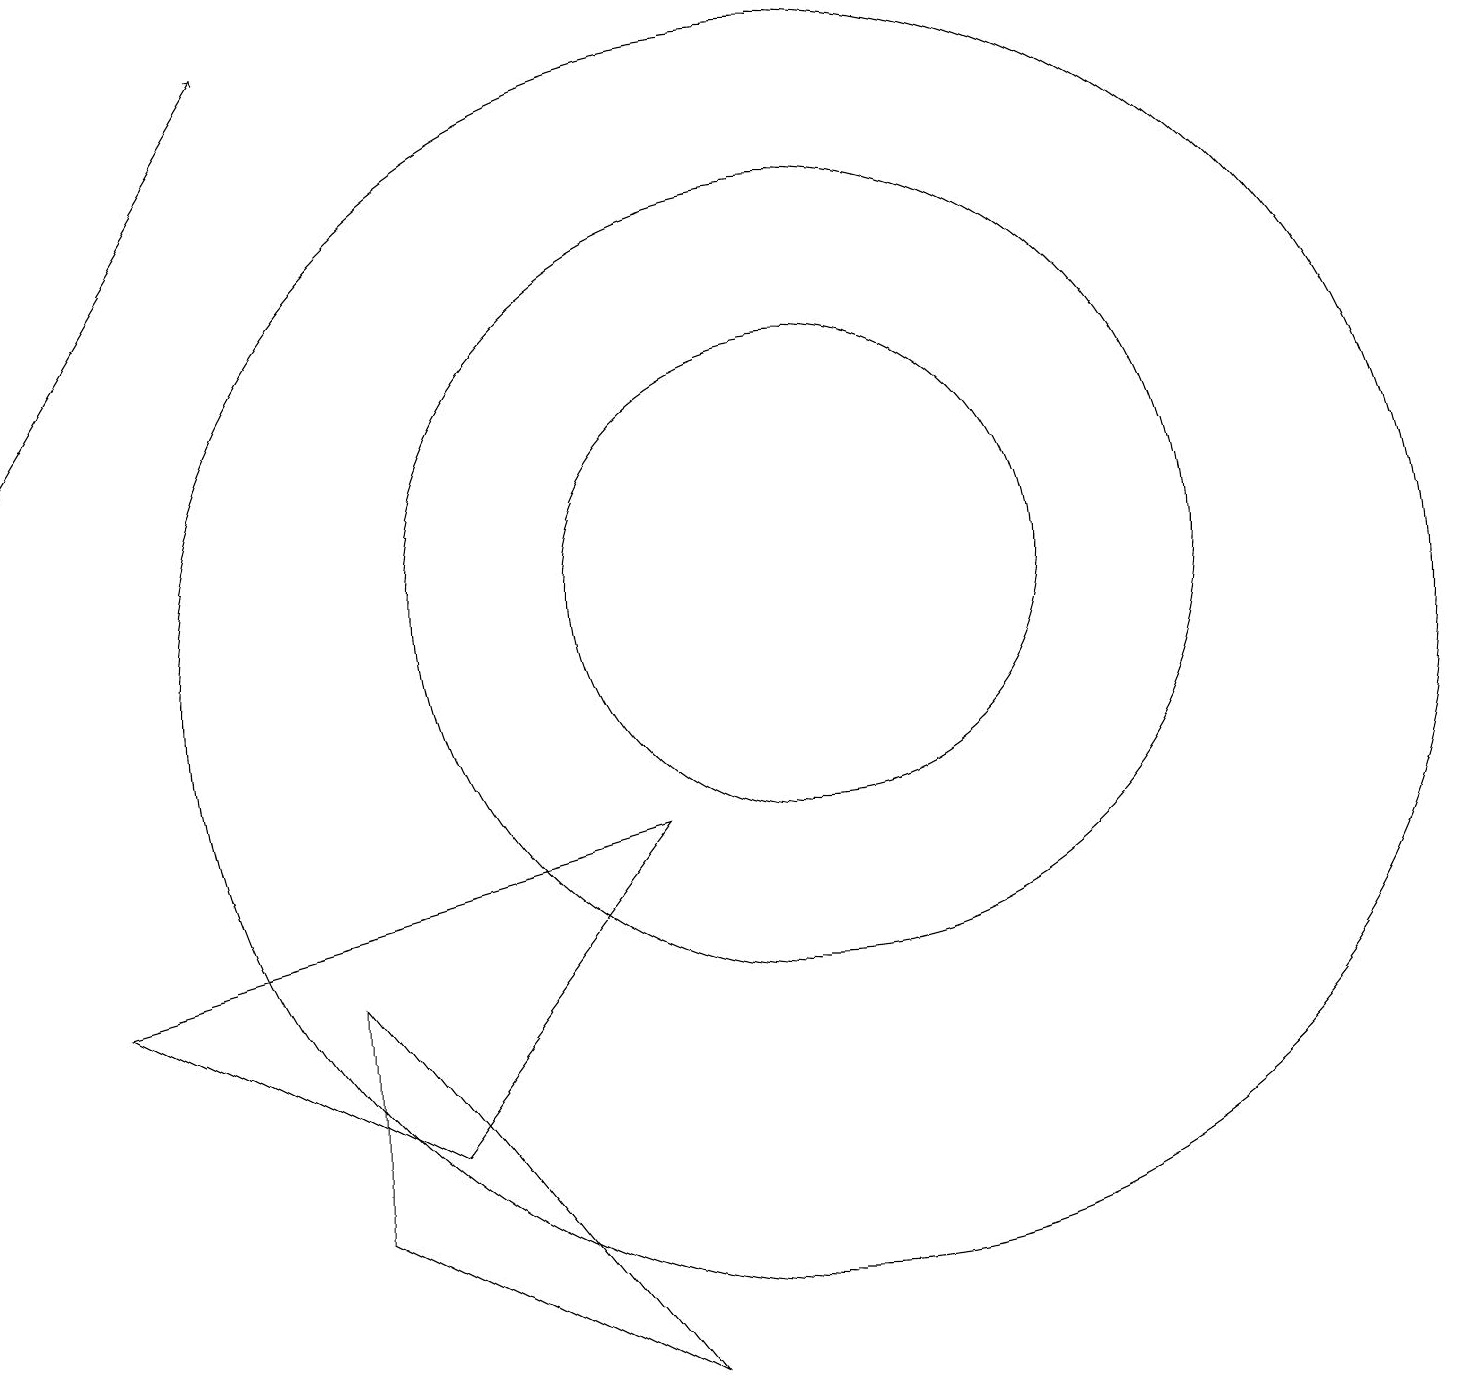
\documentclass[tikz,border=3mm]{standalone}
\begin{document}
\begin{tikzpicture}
\draw (10,10) circle (8);
\draw (10,11) circle (3);
\draw (5,4) -- (8,8) -- (1,6) -- cycle;
\draw (4,3) -- (8,1) -- (4,6) -- cycle;
\draw (10,11) circle (5);
\draw[->] (0,13) -- (3,18);
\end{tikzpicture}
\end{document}